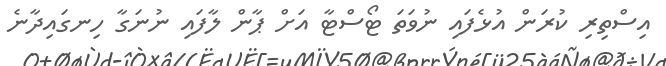
އިސްތިރި ކުރަން އުޅެފައި ނުވަތަ ޓޯސްޓާ އަށް ޕާން ލާފައި ނުނަގާ ހިނގައިދާނެ